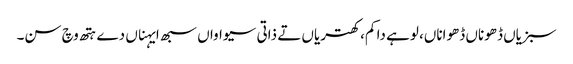
سبزیاں ڈھوناں ڈھواناں، لوہے دا کم، کھتریاں تے ذاتی سیواواں سبھ ایہناں دے ہتھ وچ سن۔